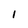
Character: l